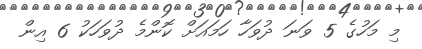
މި މަހުގެ 5 ވަނަ ދުވަހާ ހަމައަށް ކޮންމެ ދުވަހަކު 6 އިން